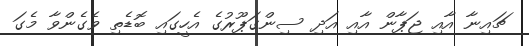
ޗައިނާ އާއި ޖަޕާން އާއި އަދި ސިންގަޕޫރުގެ އެހީގައި ބޮޑެތި ވެގެންވާ މެގަ